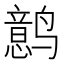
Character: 𱊰